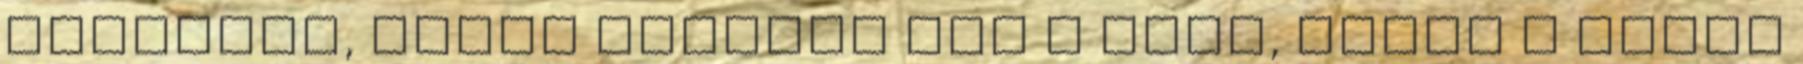
művészek, igazi szentek nem a nagy, hanem a finom